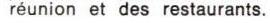
réunion et des restaurants.